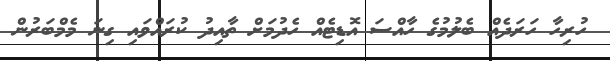
ހުރިހާ ހަރަދެއް ބެލުމުގެ ހާއްސަ އޮޑިޓެއް ހެދުމަށް ތާއިދު ކުރައްވައި ގިނަ މެމްބަރުން